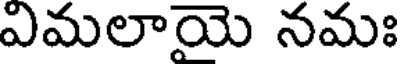
ఎమలాయె నమః